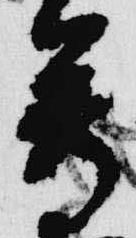
尊